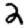
Digit: 2